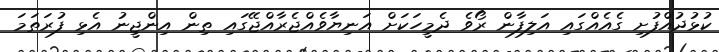
ކުޅުދުއްފުށި ގެއެއްގައި އަލިފާން ރޯވެ ދެމީހަކަށް އަނިޔާވެއްޖެރާއްޖޭގައި ތިން އިންޖީނު އެޅި ފުރަތަމަ